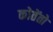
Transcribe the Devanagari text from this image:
कोतेंतो